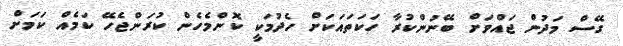
ގޭސް މަދުން ޖައްވަށް ބޭނުންކުރާ ހަކަތައަކަށް ހެދުމަކީ ކޮންމެހެން ކުރަންޖެހޭ ކަމެއް ކަމަށް